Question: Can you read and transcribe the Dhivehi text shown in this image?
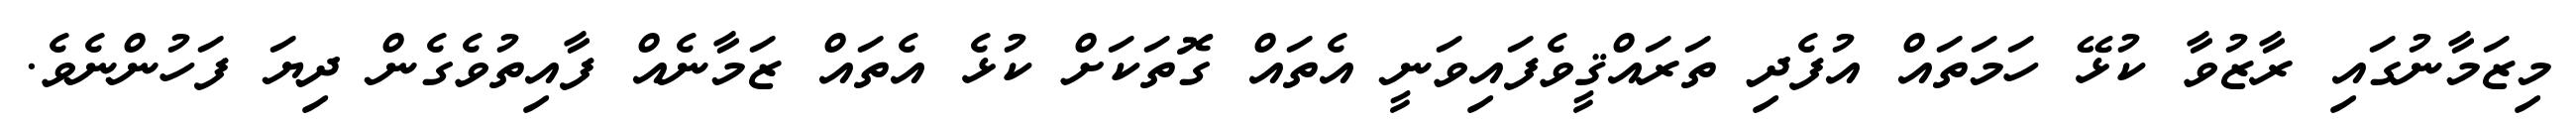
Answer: މިޒަމާނުގައި ރާޒުވާ ކުޅޭ ހަމަތައް އުފެދި ތަރައްޤީވެފައިވަނީ އެތައް ގޮތަކަށް ކުޅެ އެތައް ޒަމާނެއް ފާއިތުވެގެން ދިޔަ ފަހުންނެވެ.